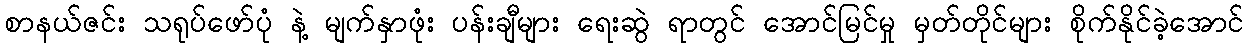
စာနယ်ဇင်း သရုပ်ဖော်ပုံ နဲ့ မျက်နှာဖုံး ပန်းချီများ ရေးဆွဲ ရာတွင် အောင်မြင်မှု မှတ်တိုင်များ စိုက်နိုင်ခဲ့အောင်